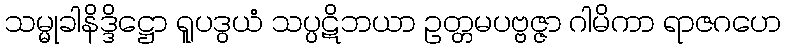
သမ္မုခါနိဒ္ဒိဋ္ဌော ရူပဒွယံ သပ္ပဋိဘယာ ဥတ္တမပဗ္ဗဇ္ဇာ ဂါမိကာ ရာဇဂဟေ